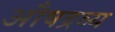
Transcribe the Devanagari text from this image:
औषद्रव्य